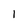
Character: I